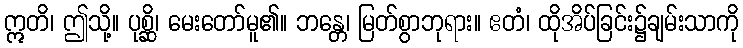
ဣတိ၊ ဤသို့။ ပုစ္ဆိ၊ မေးတော်မူ၏။ ဘန္တေ၊ မြတ်စွာဘုရား။ ဧတံ၊ ထိုအိပ်ခြင်း၌ချမ်းသာကို